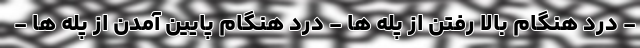
- درد هنگام بالا رفتن از پله ها - درد هنگام پایین آمدن از پله ها -